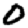
Digit: 0